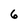
Character: 6